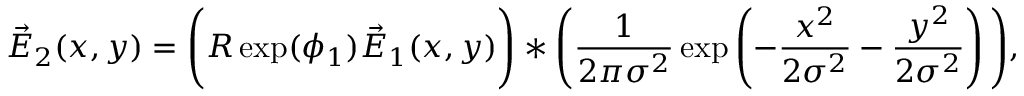
\vec { E } _ { 2 } ( x , y ) = \Bigg ( R \exp ( \phi _ { 1 } ) \vec { E } _ { 1 } ( x , y ) \Bigg ) \ast \Bigg ( \frac { 1 } { 2 \pi \sigma ^ { 2 } } \exp \left( - \frac { x ^ { 2 } } { 2 \sigma ^ { 2 } } - \frac { y ^ { 2 } } { 2 \sigma ^ { 2 } } \right) \Bigg ) ,